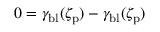
0 = \gamma _ { \mathrm { b l } } ( \zeta _ { \mathrm { p } } ) - \gamma _ { \mathrm { b l } } ( \zeta _ { \mathrm { p } } )